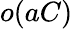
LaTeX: o(aC)